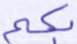
بكم